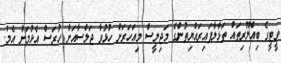
ވީޓީގެ ބިއްލޫރިތައް ތަޅާލާފައިރައްޔިތުންގެ މަޖިލީސް މިއަހަރަށް ހުޅުވާ ޖަލްސާއަށް ހުރަސް އެޅުމަށް އެމް.